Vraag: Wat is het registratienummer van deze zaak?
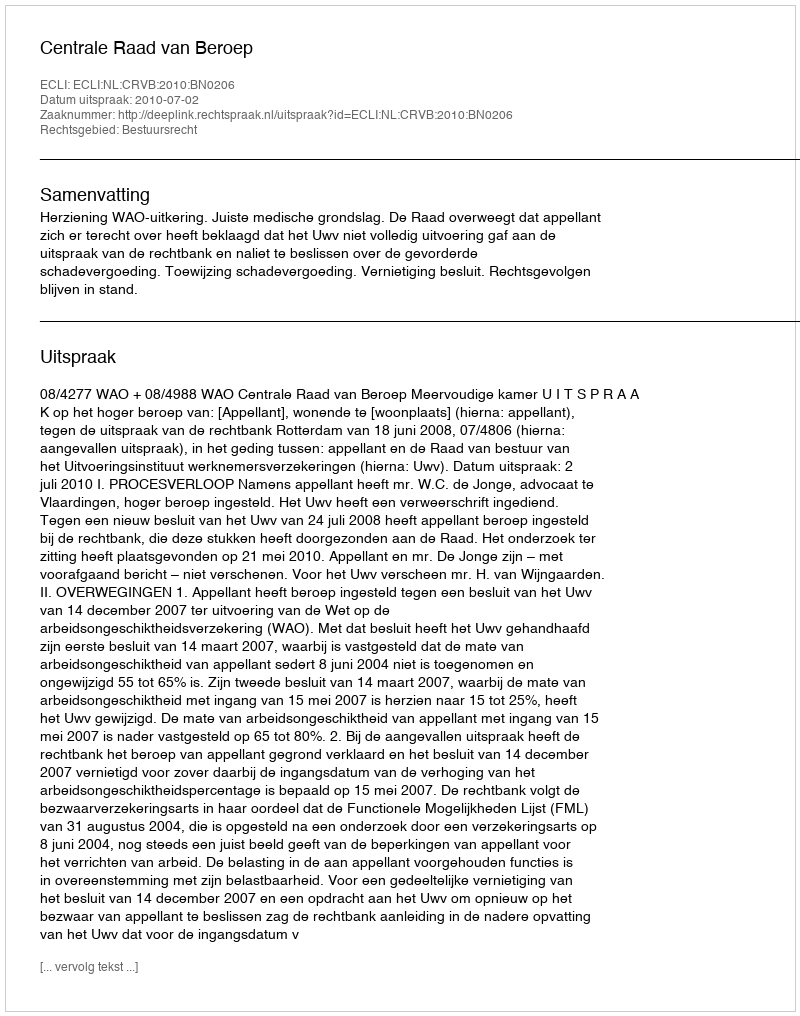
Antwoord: http://deeplink.rechtspraak.nl/uitspraak?id=ECLI:NL:CRVB:2010:BN0206